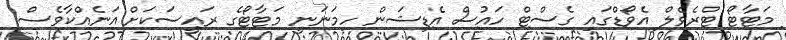
މަޓާޓޯ ޓްރެވެލް އެވޯޑްގައި ގެސްޓް ހައުސް އެޑިޝަން ހިމަނަނީ މަޓާޓޯގެ ރައީސަކަށް އަނެއްކާވެސް